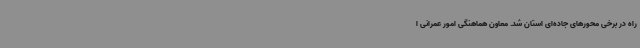
راه در برخی محورهای جاده‌ای استان شد. معاون هماهنگی امور عمرانی ا